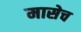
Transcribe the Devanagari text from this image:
मासेच